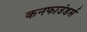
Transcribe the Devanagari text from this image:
कनफाउंडर्स